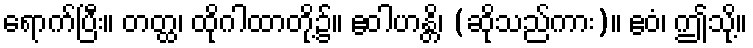
ရောက်ပြီး။ တတ္ထ၊ ထိုဂါထာတို့၌။ ဧဝါဟန္တိ၊ (ဆိုသည်ကား)။ ဧဝံ၊ ဤသို့။